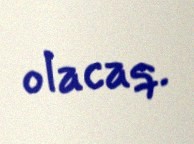
olacaq.